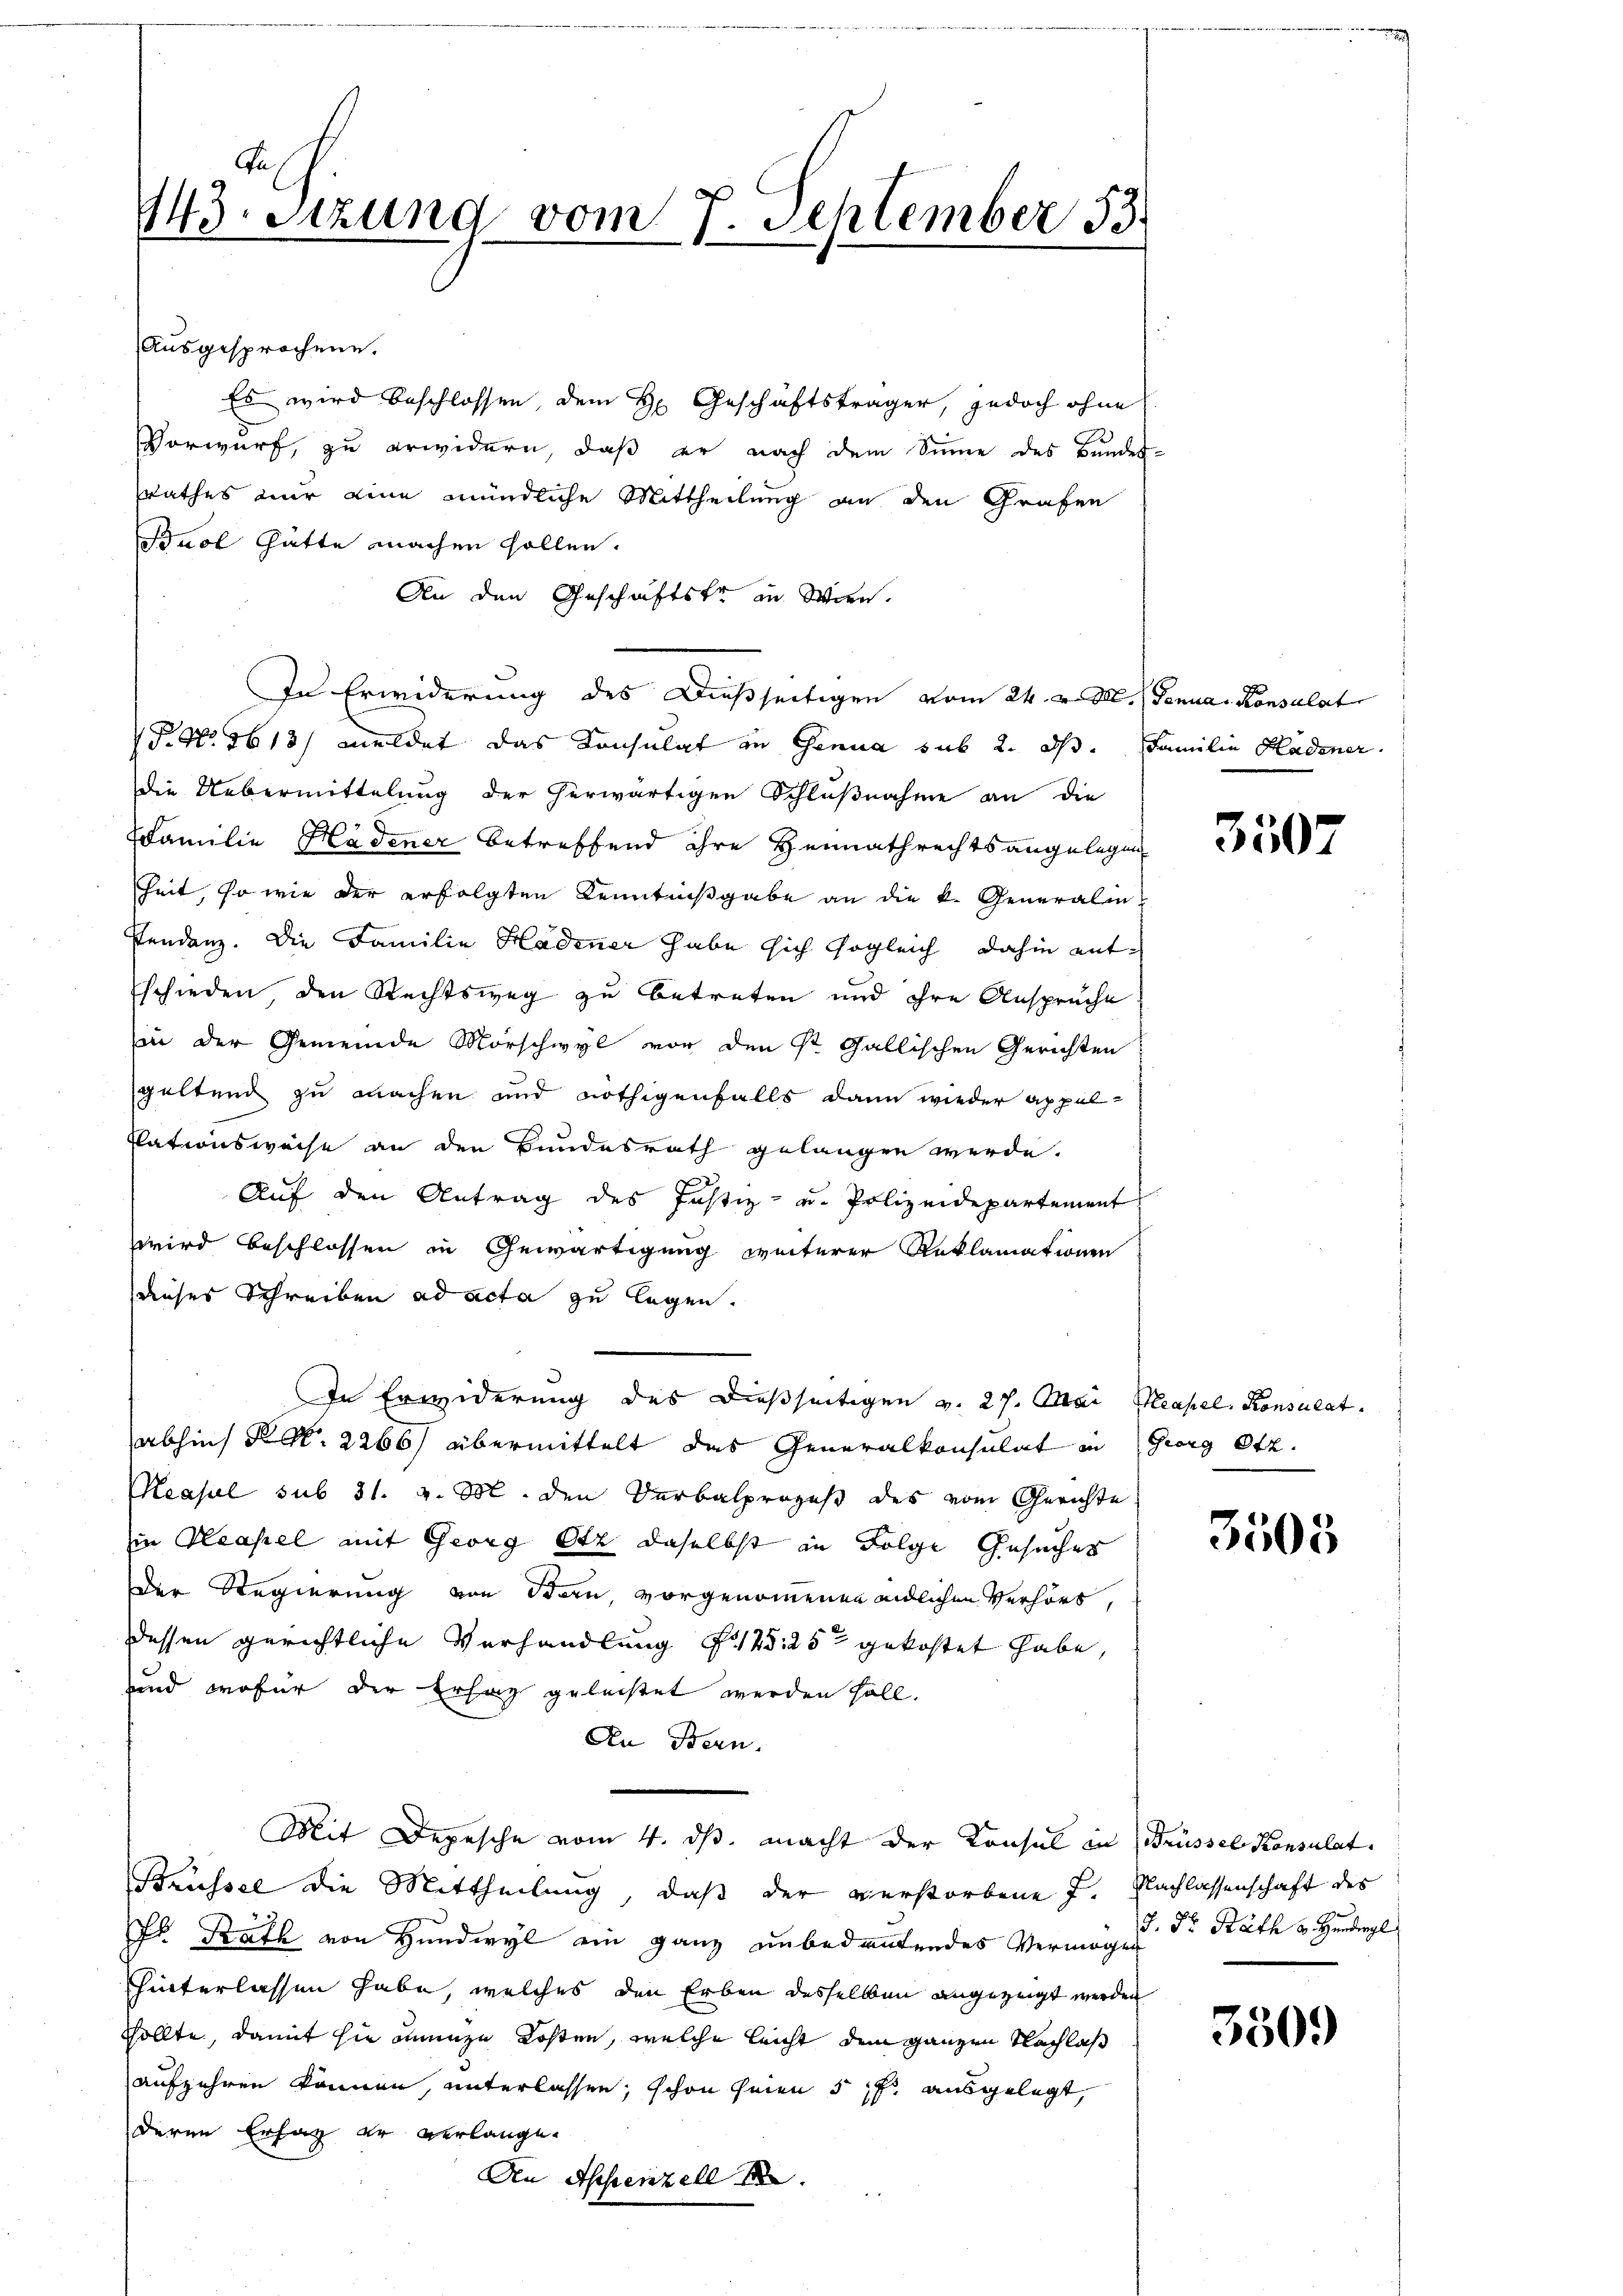
Aus
143. Stund vom 7. September 53.

Ausgesprochene.
Es wird beschlossen, dem H. Geschäftsträger, jedoch ohne
Vorwurf, zu erwidern, daß er nach dem Sinne des Bundes-
srathes nur eine mündliche Mittheilung an den Grafen
Buol hätte machen sollen.
An den Geschäftste in Wien.
In Erwiderung des Dießseitigen vom 24. v. M. (Genuas Konsulat
T. No. 1618) meldet das Konsulat in Genua sub 2. ds. Familie Kadener.
die Uebermittelung der herwärtigen Schlußnahme an die
Familie Hadener betreffend ihre Heimathrechtsangelegen
Zeit, so wie der erfolgten Kenntnißgabe an die k. Generalin
Fendenz. Die Familie Hadener habe sich sogleich dahin entschieden, den Rechtsweg zu betreten und ihre Anspruche
in der Gemeinde Morschwyl vor den St. Gallischen Gerichten
geltend zu machen und nöthigenfalls dann wieder appelkationsweise an den Bundesrath gelangen werde.
Auf den Antrag des Justiz- u. Polizeidepartement
wird beschlossen in Gewärtigung weiterer Reklamationen
dieses Schreiben ad acta zu legen.
In Erwiderung des dießseitigen v. 27. Mai Neapel. Konsulat
abhin N. 2266) übermittelt das Generalkonsulat in Georg Otz.
Measul sub 31. v. M. den Verbalprozeß des vom Gerichte
in Neapel mit Georg Otz, daselbst in Folge Gesuches
Der Regierung von Stern, vorgenommenen endlichen Verhört,
dessen gerichtliche Verhandlung 125. 252 gekostet habe,
und, wofür der Erlag geleistet werden soll.
An Bern.
Mit Depesche vom 4. ds. macht der Konsul in Brüssel Konsulat
Brüssel die Mittheilung, daß der verstorbene J. Nachlassenschaft des
Fr Kraft von Hundwyl ein ganz unbedeutendes Vermögen
hinterlassen habe, welches den Erben desselben angezeigt werden
sollte, damit sie innige Kosten, welche leicht dem ganzen Nachlaß
aufzehren können, unterlassen, schon seien 5 f ausgelegt,
deren Ersatz er verlange.
An Appenzell

3507

3505

J. Dr. Rath v. Hundegl

3509